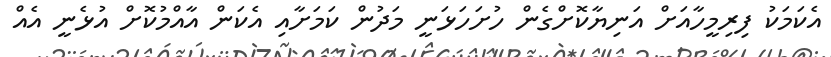
އެކަމަކު ފިރިމީހާއަށް އަނިޔާކޮށްގެން ހުށަހަޅަނީ މަދުން ކަމަށާއި އެކަން އާއްމުކޮށް އުޅެނީ އެއް